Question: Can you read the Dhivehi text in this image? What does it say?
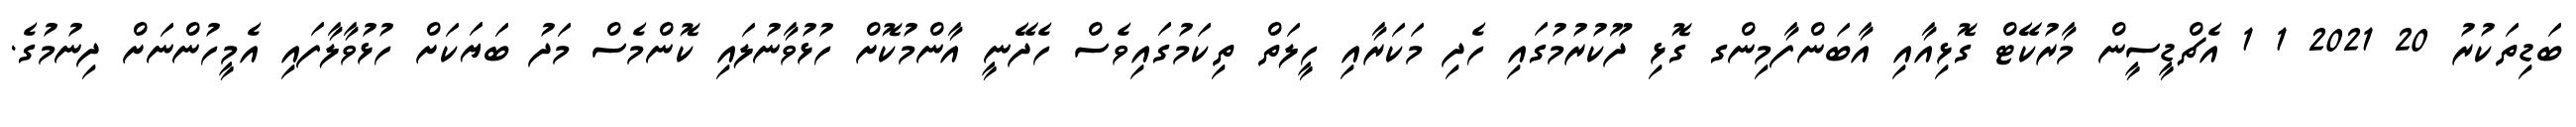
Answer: ބަޑިތަކުރު 20 2021 1 1 އެޗްޑީސީން މާރުކޭޓް ގޮޅިއާއި އާބަންފާމިންގ ގޮޅި ދޫކުރުމުގައި ހެދި މަކަރާއި ހީލަތް ތިކަމުގައިވެސް ހެދޭނީ އާންމުކޮށް ހުޅުވާނުލައި ކޮންމެސް މަދު ބަޔަކަށް ހުޅުވާލާފައި އެމީހުންނަށް ދިނުމުގެ.